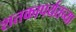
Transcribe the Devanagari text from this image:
शतकापर्यतच्या